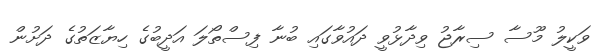
ވަކީލު މޫސާ ސިރާޖު ވިދާޅުވީ ދައުވާގައި ބުނާ ފިސްތޯލަ އަދީބުގެ ހިޔާޒަތުގެ ދަށުން